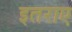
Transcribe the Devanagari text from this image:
इतराए